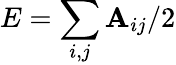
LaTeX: E=\sum_{i,j}\mathbf{A}_{ij}/2